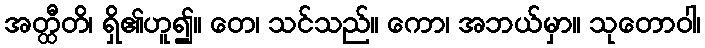
အတ္ထီတိ၊ ရှိ၏ဟူ၍။ တေ၊ သင်သည်။ ကော၊ အဘယ်မှာ။ သုတောဝါ၊